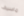
ماسيف